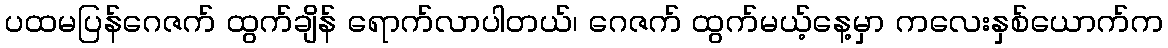
ပထမပြန်ဂေဇက် ထွက်ချိန် ရောက်လာပါတယ်၊ ဂေဇက် ထွက်မယ့်နေ့မှာ ကလေးနှစ်ယောက်က